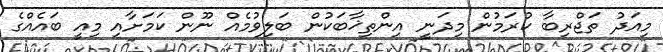
މިއަދު ތަޖްރިބާ ކުރަމުން މިދަނީ އިންތިޚާބަކުން ބަލިވުމެއް ނޫން ކަމަށާއި މިއީ ބައެއްގެ